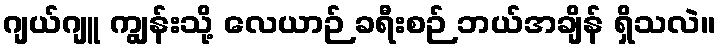
ဂျယ်ဂျူ ကျွန်းသို့ လေယာဉ် ခရီးစဉ် ဘယ်အချိန် ရှိသလဲ။